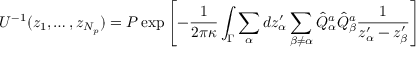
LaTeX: U ^ { - 1 } ( z _ { 1 } , \dots , z _ { N _ { p } } ) = P \exp \left[ - { \frac { 1 } { 2 \pi \kappa } } \int _ { \Gamma } \sum _ { \alpha } d z _ { \alpha } ^ { \prime } \sum _ { \beta \not = \alpha } \hat { Q } _ { \alpha } ^ { a } \hat { Q } _ { \beta } ^ { a } \frac { 1 } { z _ { \alpha } ^ { \prime } - z _ { \beta } ^ { \prime } } \right]